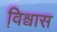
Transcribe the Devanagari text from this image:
वि़श्वास